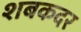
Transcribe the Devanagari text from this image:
शबकदर